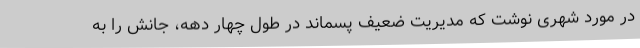
در مورد شهری نوشت که مدیریت ضعیف پسماند در طول چهار دهه، جانش را به